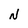
Character: N